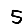
Digit: 5